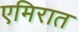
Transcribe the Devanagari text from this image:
एमिरात